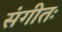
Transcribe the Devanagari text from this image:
संगीतः